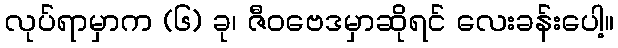
လုပ်ရာမှာက (၆) ခု၊ ဇီဝဗေဒမှာဆိုရင် လေးခန်းပေါ့။